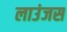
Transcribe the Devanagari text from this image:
लाउंजस